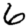
Digit: 6